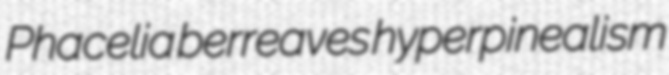
Phacelia berreaves hyperpinealism